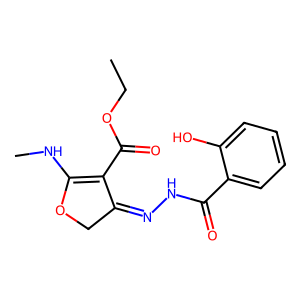
SMILES: CCOC(=O)C1=C(NC)OCC1=NNC(=O)c1ccccc1O
Inhibits HIV replication: No